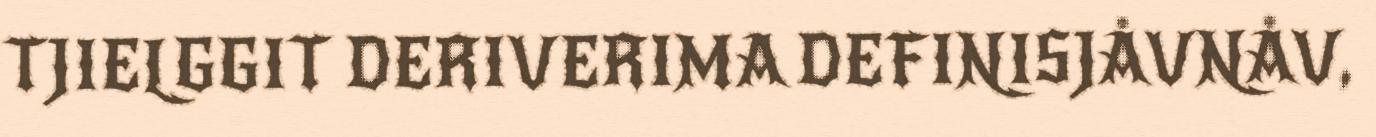
TJIELGGIT DERIVERIMA DEFINISJÅVNÅV,